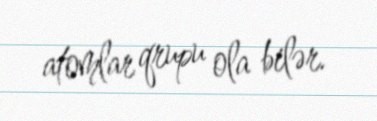
atomlar qrupu ola bilər.